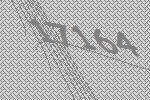
17164